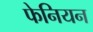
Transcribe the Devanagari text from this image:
फेनियन